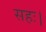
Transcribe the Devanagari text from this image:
सहः।